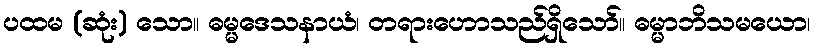
ပထမ (ဆုံး) သော။ ဓမ္မဒေသနာယံ၊ တရားဟောသည်ရှိသော်။ ဓမ္မာဘိသမယော၊